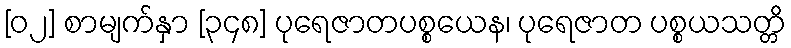
[၀၂] စာမျက်နှာ [၃၄၈] ပုရေဇာတပစ္စယေန၊ ပုရေဇာတ ပစ္စယသတ္တိ